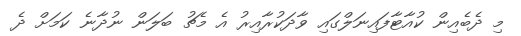
މި ދެބެއިން ކުއާޓާފައިނަލްގައި ވާދަކުރާއިރު އެ މެޗު ބަލަން ނުދާނެ ކަމަށް ދެ